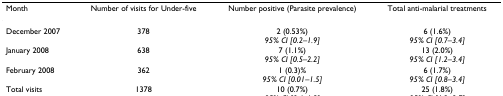
<table><thead><tr><td><b>Month</b></td><td><b>Number of visits for Under-five</b></td><td><b>Number positive (Parasite prevalence)</b></td><td><b>Total anti-malarial treatments</b></td></tr></thead><tbody><tr><td>December 2007</td><td>378</td><td>2 (0.53%)<i>95% CI [0.2–1.9]</i></td><td>6 (1.6%)<i>95% CI [0.7–3.4]</i></td></tr><tr><td>January 2008</td><td>638</td><td>7 (1.1%)<i>95% CI [0.5–2.2]</i></td><td>13 (2.0%)<i>95% CI [1.2–3.4]</i></td></tr><tr><td>February 2008</td><td>362</td><td>1 (0.3)%<i>95% CI [0.01–1.5]</i></td><td>6 (1.7%)<i>95% CI [0.8–3.4]</i></td></tr><tr><td>Total visits</td><td>1378</td><td>10 (0.7%)<i>95% CI [0.4–1.3]</i></td><td>25 (1.8%)<i>95% CI [1.2–2.7]</i></td></tr></tbody></table>